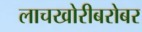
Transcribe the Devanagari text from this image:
लाचखोरीबरोबर